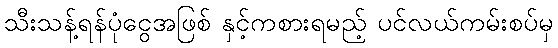
သီးသန့်ရန်ပုံငွေအဖြစ် နှင့်ကစားရမည့် ပင်လယ်ကမ်းစပ်မှ